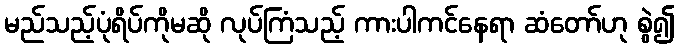
မည်သည့်ပုံရိပ်ကိုမဆို လုပ်ကြံသည့် ကားပါကင်နေရာ ဆံတော်ဟု စွဲ၍